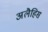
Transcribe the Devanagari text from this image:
अलैहिस